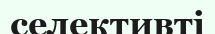
селективті